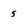
Character: 5